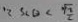
\because S _ { < } \theta < \frac { \sqrt { 2 } } { 2 }